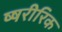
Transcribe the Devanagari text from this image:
ष्षरीरिक